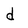
Character: d